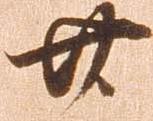
廿